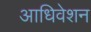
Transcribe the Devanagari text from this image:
आधिवेशन